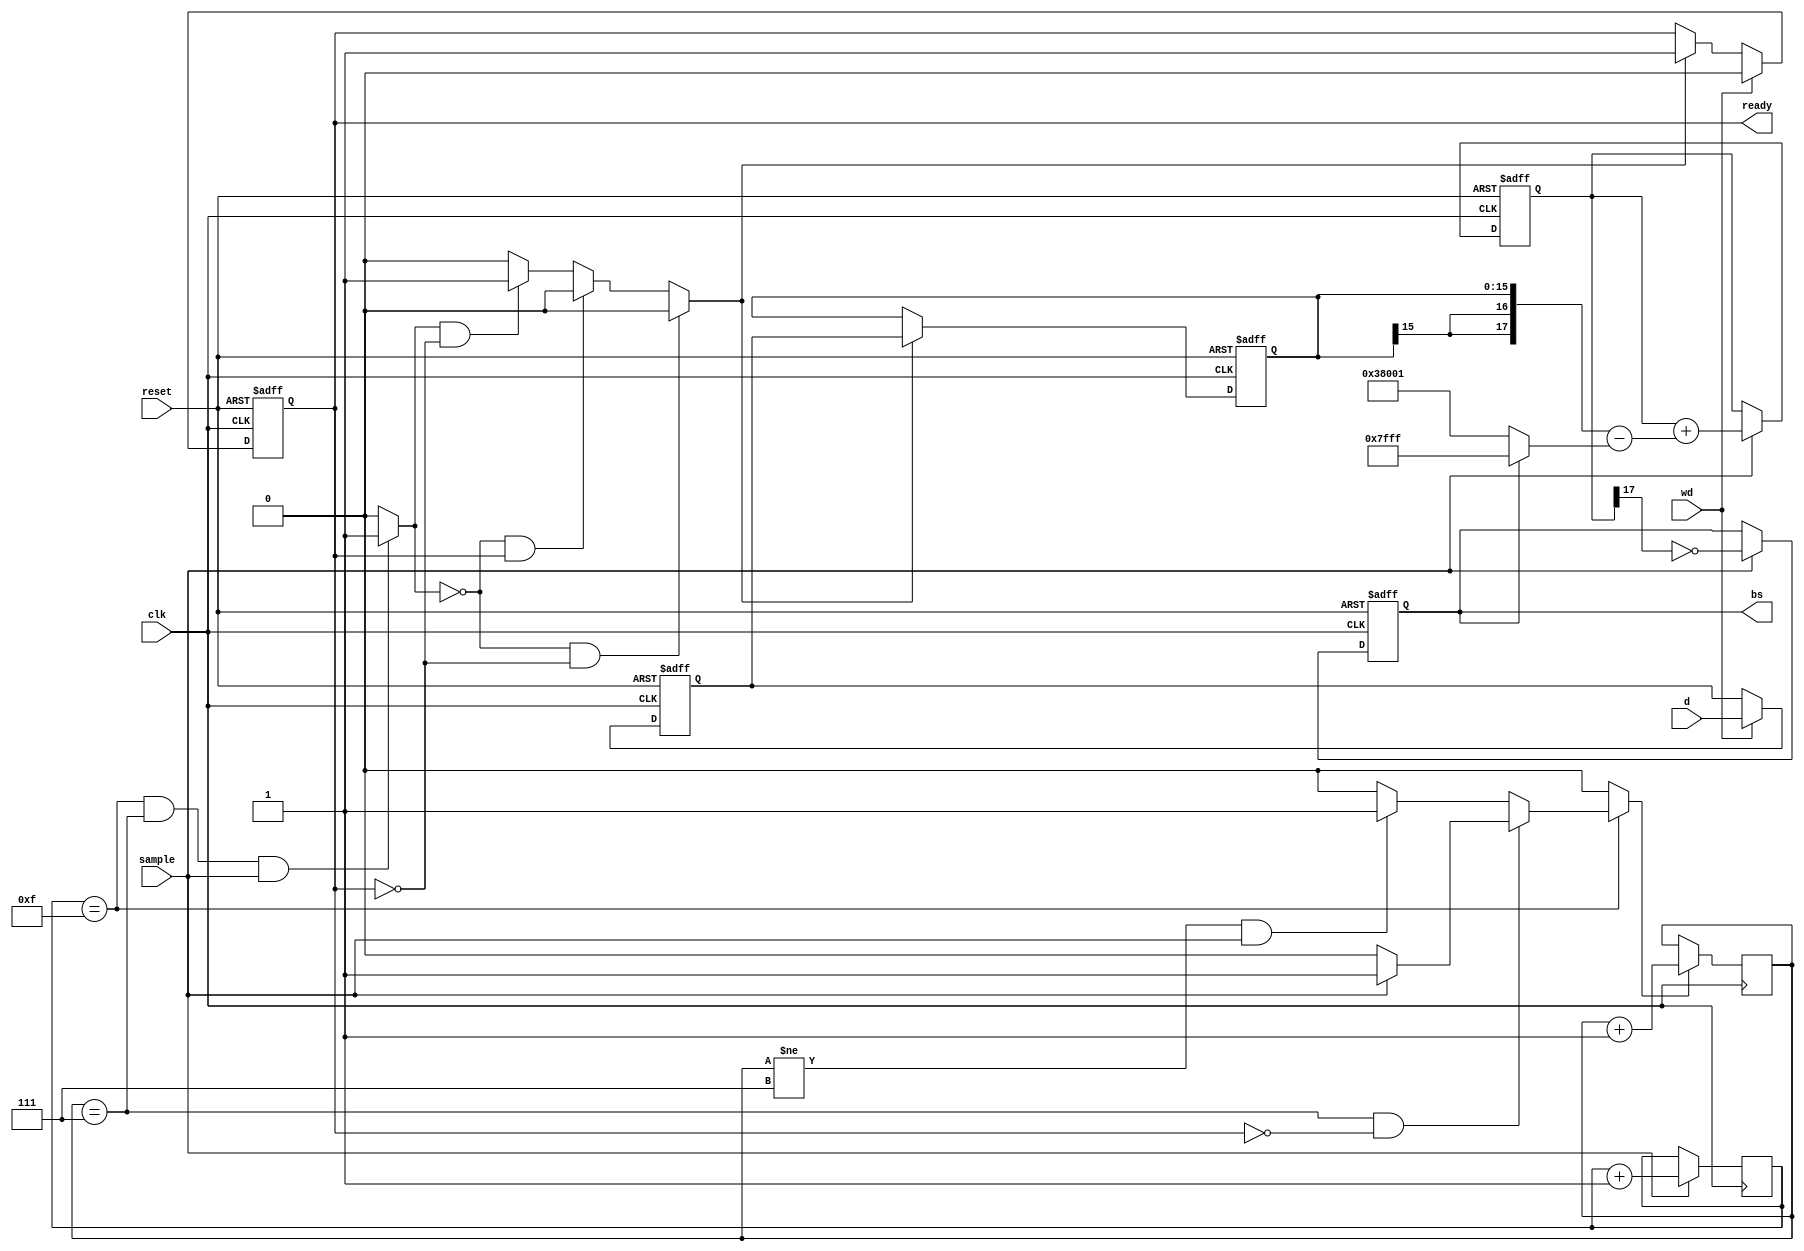
module deltasigma(clk,reset,d,wd,sample,bs,ready);
//-----------------------------------------------------------
// Delta Sigma Modulator for doing Digital->Analog Conversion
// This is a first order delta sigma converter...it will be
// fairly low quality because of that.
//
// Created June 9, 2005
// by Jim Patchell
// This code is in the public domain
// You may use it as you see fit.
//
// One note...this was something I did at work...I just typed
// it in again here at home...it does compile...but I don't know
// if it works...I will try and test it real soon.
//-----------------------------------------------------------
// parameter:
//	clk........system clock
//	reset......system reset
//	d..........data input, 16 bits (this is the audio data)
//	wd.........Write data into holding register
//	sample.....Bit stream sample rate input
//	bs.........Bit Stream output (goes to LP filter)
//	ready......Holding register is ready for next data word
//-----------------------------------------------------------
    input clk;
    input reset;
    input [15:0] d;
    input wd;
    input sample;
    output bs;
    output ready;

	reg ready;		//indicates when holding register is ready for data
	reg bs;			//bit stream output
	reg [15:0]hold;	//data holding register
	reg [15:0]dr;		//working data register (loads from holding register)
	reg wdr;			//write to data register
	reg [17:0] acc;	//accumulator
	wire [17:0] t;		//temporary
	reg [3:0] bcntr;	//state counter
	reg [2:0] wcntr;	//word counter
	reg done;			//indicates that the current interation is done
	reg inc;			//increment word counter

	//---------------------------------------------------------
	// holding register logic
	//---------------------------------------------------------

	always @ (posedge clk or posedge reset)
	begin
		if(reset)
			hold <= 0;	//reset holding register to 0
		else begin
			if(wd)
				hold <= d;	//write incoming data to holding reg
			else
				hold <= hold;	//hold holding reg ... is this a pun :-)
		end
	end

	always @ (posedge clk or posedge reset)
	begin
		if (reset)
			ready <= 1;	//set ready bit...(hold register is empty)
		else begin
			if(wd)
				ready <= 0;	//hold register now has data in it
			else if (wdr)
				ready <= 1;	//data transfered to data reg...hold reg is empty
			else
				ready <= ready;	//hold current status
		end
	end

	//------------------------------------------------------------
	// Data register logic
	//------------------------------------------------------------

	always @ (posedge clk or posedge reset)
	begin
		if(reset)
			dr <= 0;	//clear data register
		else begin
			if(wdr)
				dr <= hold;	//load holding register into data register
			else
				dr <= dr;		//hold data register...
		end
	end

	always @ (done or ready)
	begin
		//---------------------------------------------------------------
		// when we are done processing a data word... it is
		// time to load the next word....we only do this
		// when a bit frame is "done" and the holding register
		// has some new data in it...ready = 0 indicates that
		// there is data waiting...ready = 1 means the holding
		// register is ready for new data
		//---------------------------------------------------------------
		if((done == 0) && (ready == 0))
			wdr = 0;
		else if ((done == 0) && (ready == 1))
			wdr = 0;
		else if ((done == 1) && (ready == 0))
			wdr = 1;		//update the data register from the hold register
		else if ((done == 1) && (ready == 1))
			wdr = 0;
		else
			wdr = 0;
	end

	//----------------------------------------------------------------------
	// Delta Sigma Converter
	//----------------------------------------------------------------------

	always @ (posedge clk or posedge reset)
	begin
		if(reset)
			bs <= 0;
		else begin
			if(sample)
				bs <= !acc[17];	//if acc >= 0, bs = 1
			else
				bs <= bs;
		end
	end

	assign t = bs ? 18'b000111111111111111:18'b111000000000000001;

	always @ (posedge clk or posedge reset)
	begin
		if(reset)
			acc <= 0;
		else begin
		//-------------------------------------------
		// this is the delta sigma calculation....
		//-------------------------------------------
			if(sample)
				acc <= acc + ({dr[15],dr[15],dr} - t);
			else
				acc <= acc;	//hold accumulator
		end
	end

	//------------------------------------------------------------------------
	// state counters
	//------------------------------------------------------------------------

	always @ (posedge clk)
	begin
		if(sample)
			bcntr <= bcntr + 1;	//bit stream counter increment
		else
			bcntr <= bcntr;	//hold count
	end

	always @ (posedge clk)
	begin
		if(inc)
			wcntr <= wcntr + 1;
		else
			wcntr <= wcntr;
	end

	// state decodes

	always @ (wcntr or bcntr or sample or ready)
	begin
		if(bcntr == 4'b1111) begin
			if((wcntr == 3'b111) && !ready) begin	//there is data in holding register
				if(sample)
					inc = 1;	//incement word counter
				else
					inc = 0;
			end
			else if ((wcntr != 3'b111) && sample)
				inc = 1;	//increment word counter
			else
				inc = 0;
		end
		else
			inc = 0;
	end

	always @ (bcntr or wcntr or sample)
	begin
		if((bcntr == 4'b1111) && (wcntr == 3'b111) && (sample == 1))
			done = 1;
		else
			done = 0;
	end

endmodule